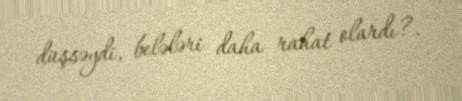
düşsəydi, belələri daha rahat olardı?.